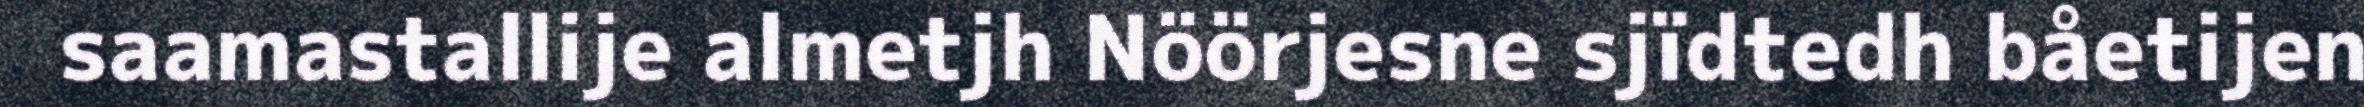
saamastallije almetjh Nöörjesne sjïdtedh båetijen